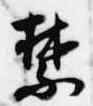
禁